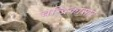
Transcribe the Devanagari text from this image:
चन्द्रिकासार